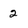
Character: 2